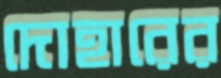
দোহারের